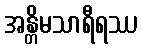
အန္တိမသာရီရဿ